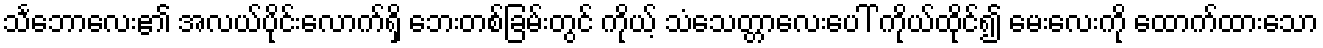
သင်္ဘောလေး၏ အလယ်ပိုင်းလောက်ရှိ ဘေးတစ်ခြမ်းတွင် ကိုယ့် သံသေတ္တာလေးပေါ် ကိုယ်ထိုင်၍ မေးလေးကို ထောက်ထားသော